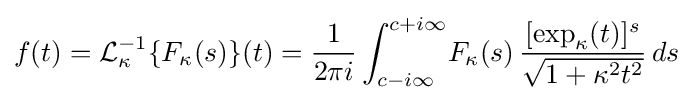
f(t)={\cal {L}}_{\kappa }^{-1}\{F_{\kappa }(s)\}(t)={{\frac {1}{2\pi i}}\int _{c-i\infty }^{c+i\infty }\!F_{\kappa }(s)\,{\frac {[\exp _{\kappa }(t)]^{s}}{\sqrt {1+\kappa ^{2}t^{2}}}}\,ds}